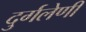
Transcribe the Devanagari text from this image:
दुर्गलेणी